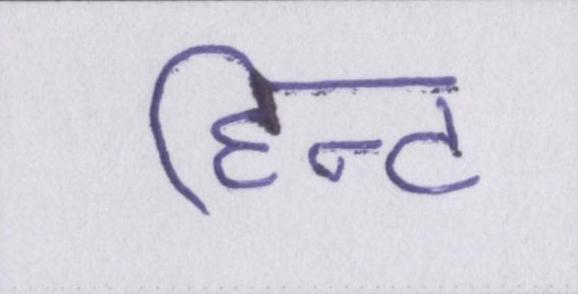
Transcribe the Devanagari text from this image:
हिन्ट